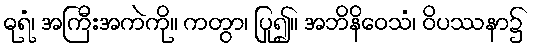
ဓုရံ၊ အကြီးအကဲကို။ ကတွာ၊ ပြု၍။ အဘိနိဝေသံ၊ ဝိပဿနာ၌